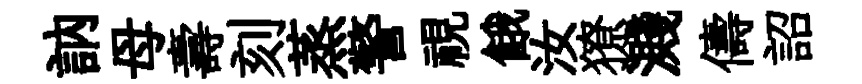
訥母壽刻蒸警視餓汝獠濺儔詔